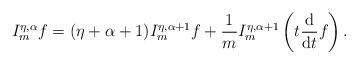
\begin{align*} I_m^{\eta, \alpha}f=(\eta+\alpha+1)I_m^{\eta, \alpha+1}f+\frac{1}{m} I_m^{\eta, \alpha+1} \left(t\frac{\mathrm{d}}{\mathrm{d}t}f\right). \end{align*}